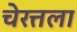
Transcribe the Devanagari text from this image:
चेरत्तला